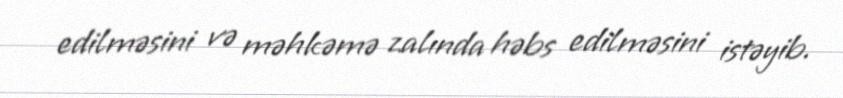
edilməsini və məhkəmə zalında həbs edilməsini istəyib.